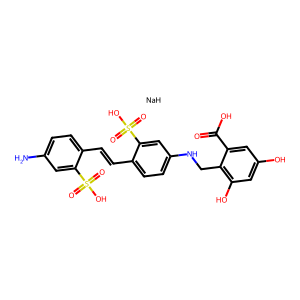
SMILES: Nc1ccc(C=Cc2ccc(NCc3c(O)cc(O)cc3C(=O)O)cc2S(=O)(=O)O)c(S(=O)(=O)O)c1.[NaH]
Inhibits HIV replication: Yes